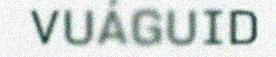
VUÁGUID